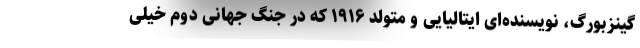
گینزبورگ، نویسنده‌ای ایتالیایی و متولد ۱۹۱۶ که در جنگ جهانی دوم خیلی